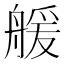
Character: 𦩮